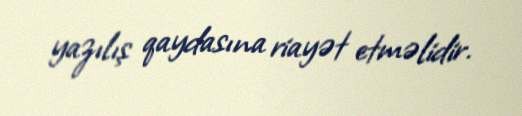
yazılış qaydasına riayət etməlidir.